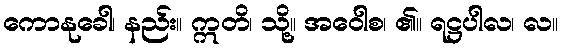
ကောနုခေါ၊ နည်း။ ဣတိ၊ သို့။ အဝေါစ၊ ၏။ ရဋ္ဌပါလ၊ လ။